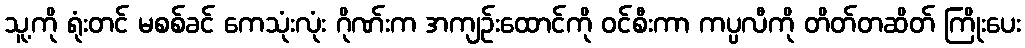
သူ့ကို ရုံးတင် မစစ်ခင် ကေသုံးလုံး ဂိုဏ်းက အကျဉ်းထောင်ကို ဝင်စီးကာ ကပ္ပလီကို တိတ်တဆိတ် ကြိုးပေး